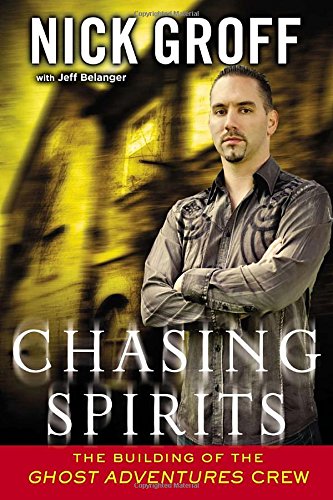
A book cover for Chasing Spirits: The Building of the "Ghost Adventures" Crew; Nick Groff; Humor & Entertainment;